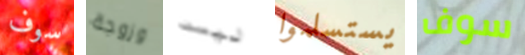
سوف وزوجة ليست يستسلموا سوف